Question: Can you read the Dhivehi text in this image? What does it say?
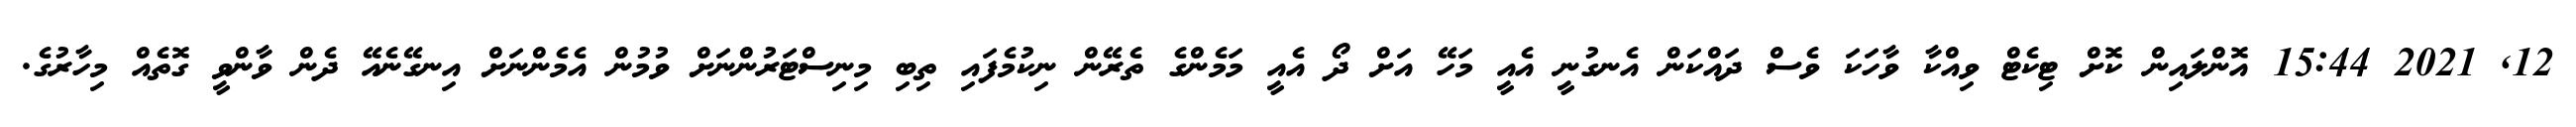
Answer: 12, 2021 15:44 އޮންލައިން ކޮށް ޓިކެޓް ވިއްކާ ވާހަކަ ވެސް ދައްކަން އެނގުނީ އެއީ މަހޭ އަށް ދޯ އެއީ މަމެންގެ ތެރޭން ނިކުމެފައި ތިބި މިނިސްޓަރުންނަށް ވުމުން އެމެންނަށް އިނގޭނެއޭ ދެން ވާންވީ ގޮތެއް މިހާރުގެ.